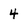
Character: 4